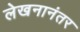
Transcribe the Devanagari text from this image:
लेखनानंतर